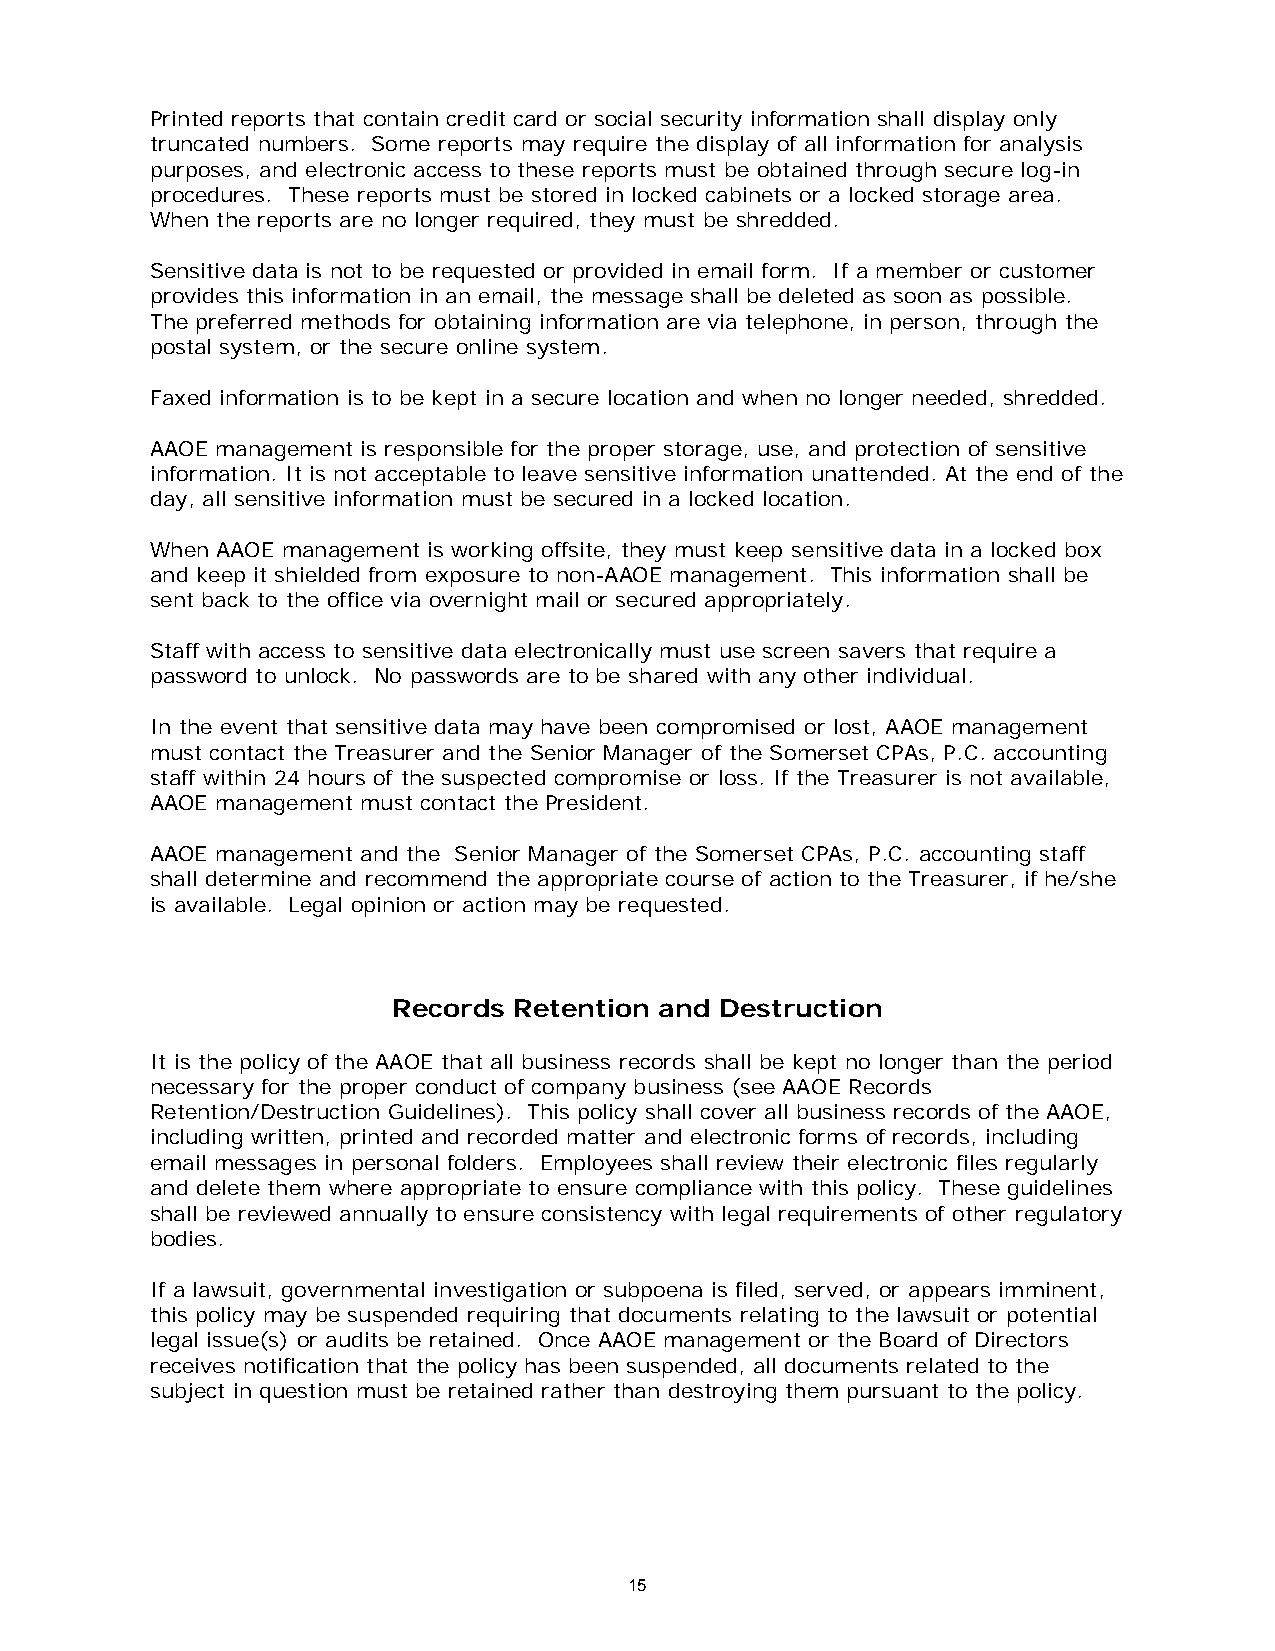
Printed reports that contain credit card or social security information shall display only
 truncated numbers. Some reports may require the display of all information for analysis
 purposes, and electronic access to these reports must be obtained through secure log-in
 procedures. These reports must be stored in locked cabinets or a locked storage area.
 When the reports are no longer required, they must be shredded.
 Sensitive data is not to be requested or provided in email form. If a member or customer
 provides this information in an email, the message shall be deleted as soon as possible.
 The preferred methods for obtaining information are via telephone, in person, through the
 postal system, or the secure online system.
 Faxed information is to be kept in a secure location and when no longer needed, shredded.
 AAOE management is responsible for the proper storage, use, and protection of sensitive
 information. It is not acceptable to leave sensitive information unattended. At the end of the
 day, all sensitive information must be secured in a locked location.
 When AAOE management is working offsite, they must keep sensitive data in a locked box
 and keep it shielded from exposure to non-AAOE management. This information shall be
 sent back to the office via overnight mail or secured appropriately.
 Staff with access to sensitive data electronically must use screen savers that require a
 password to unlock. No passwords are to be shared with any other individual.
 In the event that sensitive data may have been compromised or lost, AAOE management
 must contact the Treasurer and the Senior Manager of the Somerset CPAs, P.C. accounting
 staff within 24 hours of the suspected compromise or loss. If the Treasurer is not available,
 AAOE management must contact the President.
 AAOE management and the Senior Manager of the Somerset CPAs, P.C. accounting staff
 shall determine and recommend the appropriate course of action to the Treasurer, if he/she
 is available. Legal opinion or action may be requested.
 Records Retention and Destruction
 It is the policy of the AAOE that all business records shall be kept no longer than the period
 necessary for the proper conduct of company business (see AAOE Records
 Retention/Destruction Guidelines). This policy shall cover all business records of the AAOE,
 including written, printed and recorded matter and electronic forms of records, including
 email messages in personal folders. Employees shall review their electronic files regularly
 and delete them where appropriate to ensure compliance with this policy. These guidelines
 shall be reviewed annually to ensure consistency with legal requirements of other regulatory
 bodies.
 If a lawsuit, governmental investigation or subpoena is filed, served, or appears imminent,
 this policy may be suspended requiring that documents relating to the lawsuit or potential
 legal issue(s) or audits be retained. Once AAOE management or the Board of Directors
 receives notification that the policy has been suspended, all documents related to the
 subject in question must be retained rather than destroying them pursuant to the policy.
 15